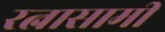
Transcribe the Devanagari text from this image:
रत्नासामी